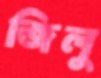
জিলু